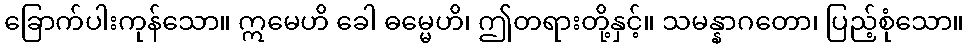
ခြောက်ပါးကုန်သော။ ဣမေဟိ ခေါ ဓမ္မေဟိ၊ ဤတရားတို့နှင့်။ သမန္နာဂတော၊ ပြည့်စုံသော။